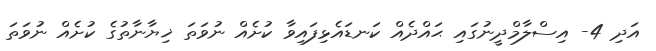
އަދި 4- އިސްލާމްދީނުގައި ޙައްދެއް ކަނޑައެޅިފައިވާ ކުށެއް ނުވަތަ ޚިޔާނާތުގެ ކުށެއް ނުވަތަ